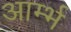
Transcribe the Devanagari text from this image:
आर्म्भ